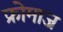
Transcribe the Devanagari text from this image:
फ्रोमाज